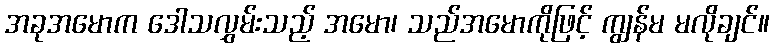
အခုအမောက ဒေါသလွှမ်းသည့် အမော၊ သည်အမောကိုဖြင့် ကျွန်မ မလိုချင်။